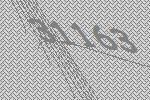
31163